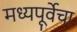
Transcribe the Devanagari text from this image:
मध्यपूर्वेचा